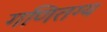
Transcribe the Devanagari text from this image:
गणितग्य